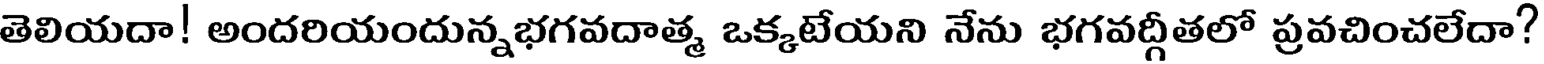
తెలియదా! అందరియందున్నభగవదాత్మ ఒక్కటేయని నేను భగవద్గీతలో ప్రవచించలేదా?